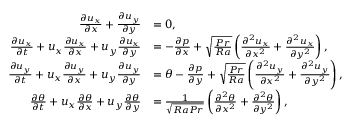
\begin{array} { r l } { \frac { \partial u _ { x } } { \partial x } + \frac { \partial u _ { y } } { \partial y } } & { = 0 , } \\ { \frac { \partial u _ { x } } { \partial t } + u _ { x } \frac { \partial u _ { x } } { \partial x } + u _ { y } \frac { \partial u _ { x } } { \partial y } } & { = - \frac { \partial p } { \partial x } + \sqrt { \frac { P r } { R a } } \left( \frac { \partial ^ { 2 } u _ { x } } { \partial x ^ { 2 } } + \frac { \partial ^ { 2 } u _ { x } } { \partial y ^ { 2 } } \right) , } \\ { \frac { \partial u _ { y } } { \partial t } + u _ { x } \frac { \partial u _ { y } } { \partial x } + u _ { y } \frac { \partial u _ { y } } { \partial y } } & { = \theta - \frac { \partial p } { \partial y } + \sqrt { \frac { P r } { R a } } \left( \frac { \partial ^ { 2 } u _ { y } } { \partial x ^ { 2 } } + \frac { \partial ^ { 2 } u _ { y } } { \partial y ^ { 2 } } \right) , } \\ { \frac { \partial \theta } { \partial t } + u _ { x } \frac { \partial \theta } { \partial x } + u _ { y } \frac { \partial \theta } { \partial y } } & { = \frac { 1 } { \sqrt { R a P r } } \left( \frac { \partial ^ { 2 } \theta } { \partial x ^ { 2 } } + \frac { \partial ^ { 2 } \theta } { \partial y ^ { 2 } } \right) , } \end{array}